Scientific memoirs by medical officers of the Army of India - Part III,
Year: 1887
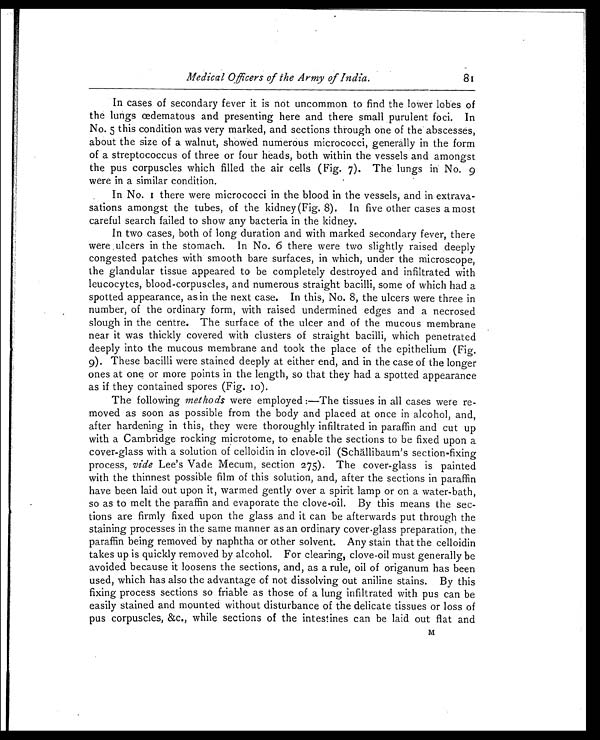
Medical Officers of the Army of India.
In cases of secondary fever it is not uncommon to find the lower lobes of
the lungs œdematous and presenting here and there small purulent foci. In
No. 5 this condition was very marked, and sections through one of the abscesses,
about the size of a walnut, showed numerous micrococci, generally in the form
of a streptococcus of three or four heads, both within the vessels and amongst
the pus corpuscles which filled the air cells (Fig. 7). The lungs in No. 9
were in a similar condition.
In No. I there were micrococci in the blood in the vessels, and in extrava-
sations amongst the tubes, of the kidney (Fig. 8). In five other cases a most
careful search failed to show any bacteria in the kidney.
In two cases, both of long duration and with marked secondary fever, there
were ulcers in the stomach. In No. 6 there were two slightly raised deeply
congested patches with smooth bare surfaces, in which, under the microscope,
the glandular tissue appeared to be completely destroyed and infiltrated with
leucocytes, blood-corpuscles, and numerous straight bacilli, some of which had a
spotted appearance, as in the next case. In this, No. 8, the ulcers were three in
number, of the ordinary form, with raised undermined edges and a necrosed
slough in the centre. The surface of the ulcer and of the mucous membrane
near it was thickly covered with clusters of straight bacilli, which penetrated
deeply into the mucous membrane and took the place of the epithelium (Fig.
9). These bacilli were stained deeply at either end, and in the case of the longer
ones at one or more points in the length, so that they had a spotted appearance
as if they contained spores (Fig. 10).
The following methods were employed :—The tissues in all cases were re-
moved as soon as possible from the body and placed at once in alcohol, and,
after hardening in this, they were thoroughly infiltrated in paraffin and cut up
with a Cambridge rocking microtome, to enable the sections to be fixed upon a
cover-glass with a solution of celloidin in clove-oil (Schällibaum's section-fixing
process, vide Lee's Vade Mecum, section 275). The cover-glass is painted
with the thinnest possible film of this solution, and, after the sections in paraffin
have been laid out upon it, warmed gently over a spirit lamp or on a water-bath,
so as to melt the paraffin and evaporate the clove-oil. By this means the sec-
tions are firmly fixed upon the glass and it can be afterwards put through the
staining processes in the same manner as an ordinary cover-glass preparation, the
paraffin being removed by naphtha or other solvent. Any stain that the celloidin
takes up is quickly removed by alcohol. For clearing, clove-oil must generally be
avoided because it loosens the sections, and, as a rule, oil of origanum has been
used, which has also the advantage of not dissolving out aniline stains. By this
fixing process sections so friable as those of a lung infiltrated with pus can be
easily stained and mounted without disturbance of the delicate tissues or loss of
pus corpuscles, &c., while sections of the intestines can be laid out flat and